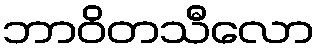
ဘာဝိတသီလော